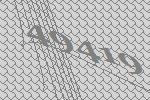
49419